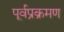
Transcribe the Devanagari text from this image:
पूर्वप्रक्रमण